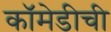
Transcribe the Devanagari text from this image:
कॉमेडीची